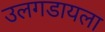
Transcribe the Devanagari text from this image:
उलगडायला